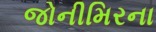
જોનીમિરના